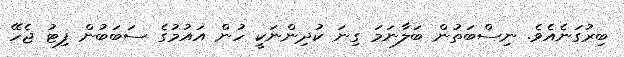
ބިރުގަނެއެވެ. ނިސްބަތުން ބަލާނަމަ ގިނަ ކުދިންނަކީ ހުން އައުމުގެ ސަބަބުން ފިޓު ޖެހޭ